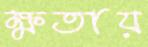
ক্ষতায়